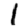
Digit: 1